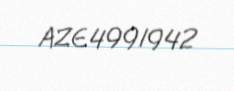
AZE4991942